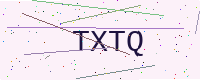
Text: TXTQ